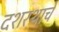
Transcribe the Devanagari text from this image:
दशरथाचे